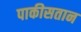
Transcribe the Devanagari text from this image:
पाकीसतान